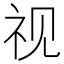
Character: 视